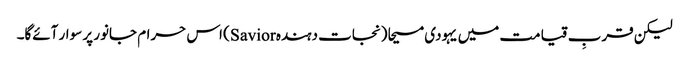
لیکن قربِ قیامت میں یہودی مسیحا (نجات دہندہ Savior) اس حرام جانور پر سوار آئےگا۔